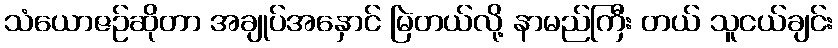
သံယောဇဉ်ဆိုတာ အချုပ်အနှောင် မြဲတယ်လို့ နာမည်ကြီး တယ် သူငယ်ချင်း